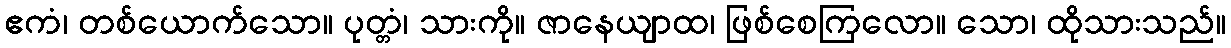
ဧကံ၊ တစ်ယောက်သော။ ပုတ္တံ၊ သားကို။ ဇာနေယျာထ၊ ဖြစ်စေကြလော။ သော၊ ထိုသားသည်။